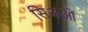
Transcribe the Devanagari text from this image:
सिअओं